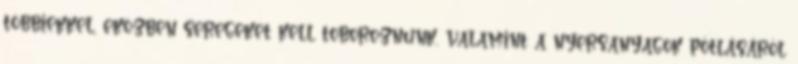
többiekkel, eközben seregeket kell toboroznunk, valamint a nyersanyagok pótlásáról